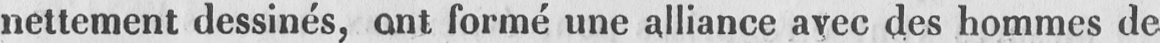
nettement dessinés, ont formé une alliance avec des hommes de